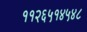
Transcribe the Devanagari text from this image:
११२६५१४५४८